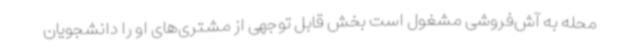
محله به آش‌فروشی مشغول است بخش قابل توجهی از مشتری‌های او را دانشجویان